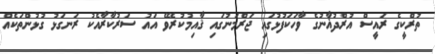
ތުރްކީގެ ރައީސް އުރްދުޣާނުގެ ވާހަކަފުޅުގައި ޖަރްމަނުގައި ޤާއިމުކުރެވޭ އައު ސަރުކާރާއެކު ރަނގަޅު ގުޅުންތަކެއް